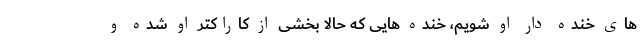
های خنده دار او شویم، خنده هایی که حالا بخشی از کاراکتر او شده و